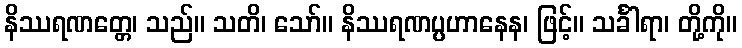
နိဿရဏတ္တေ၊ သည်။ သတိ၊ သော်။ နိဿရဏပ္ပဟာနေန၊ ဖြင့်။ သင်္ခါရာ၊ တို့ကို။